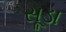
સૂડા